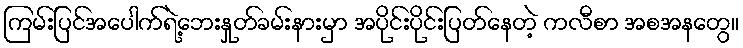
ကြမ်းပြင်အပေါက်ရဲ့ဘေးနှုတ်ခမ်းနားမှာ အပိုင်းပိုင်းပြတ်နေတဲ့ ကလီစာ အစအနတွေ။